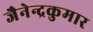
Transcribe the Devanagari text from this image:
जैनेन्द्रकुमार